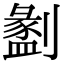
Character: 𠠂